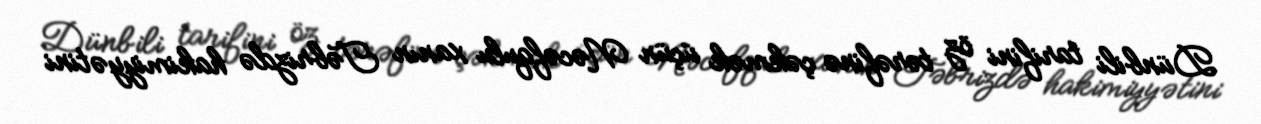
Dünbili tarifini öz tərəfinə çəkmək üçün Nəcəfqulu xanın Təbrizdə hakimiyyətini